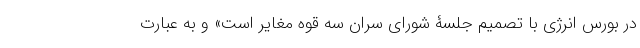
در بورس انرژی با تصمیم جلسۀ شورای سران سه قوه مغایر است» و به عبارت